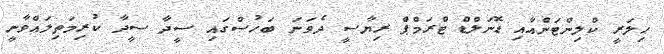
ހިލަރީ ކްލިންޓަންއާއި ޑޮނަލްޑް ޓްރަމްޕް ރިޔާސީ ދެވަނަ ބަހުސްގައި ސީދާ ސީދާ ކުރިމަތިލައްވާނީ